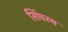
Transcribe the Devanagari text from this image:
सिंघस्य